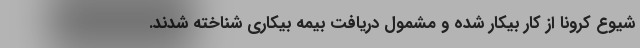
شیوع کرونا از کار بیکار شده و مشمول دریافت بیمه بیکاری شناخته شدند.